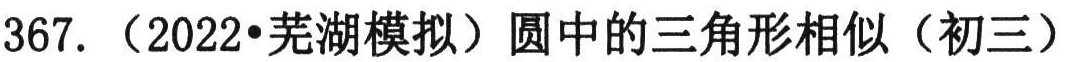
367. （2022•芜湖模拟）圆中的三角形相似（初三）